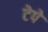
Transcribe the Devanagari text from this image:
टेपे